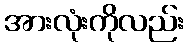
အားလုံးကိုလည်း